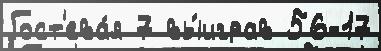
Гост'ева́я 7 вы́играв 56-17